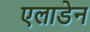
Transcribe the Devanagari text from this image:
एलाडेन